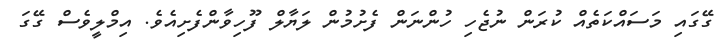
ގޭގައި މަސައްކަތެއް ކުރަން ނުޖެހި ހުންނަން ފެށުމުން ލަޔާލް ފޫހިވާންފެށިއެވެ. އިމްލީވެސް ގޭގަ